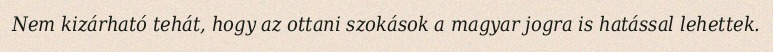
Nem kizárható tehát, hogy az ottani szokások a magyar jogra is hatással lehettek.